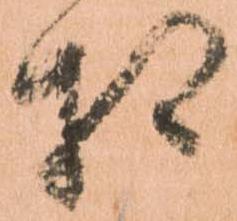
相